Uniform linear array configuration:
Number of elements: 8
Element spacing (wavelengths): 1
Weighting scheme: kaiser
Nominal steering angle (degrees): -45
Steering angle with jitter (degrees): -46.508
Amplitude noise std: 0.05
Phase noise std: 0.05

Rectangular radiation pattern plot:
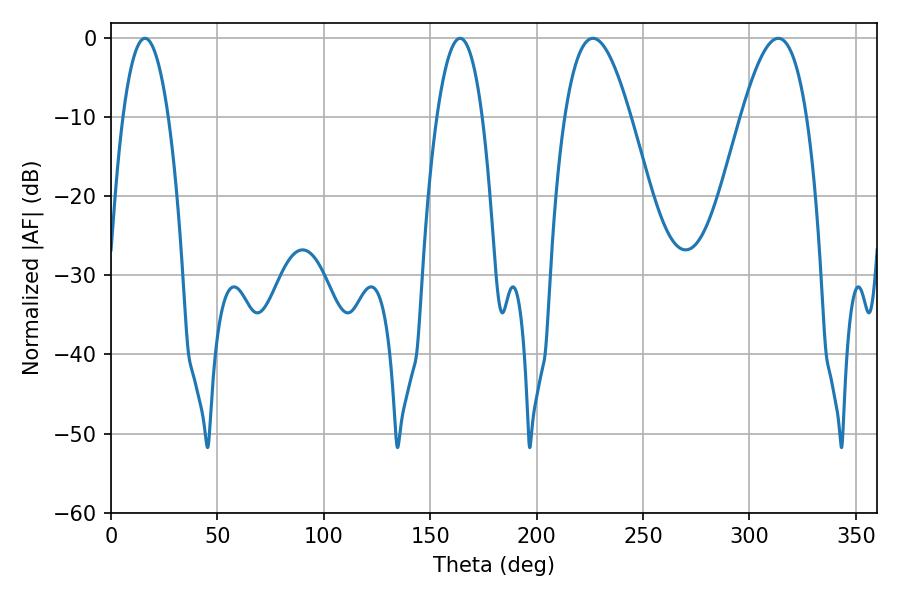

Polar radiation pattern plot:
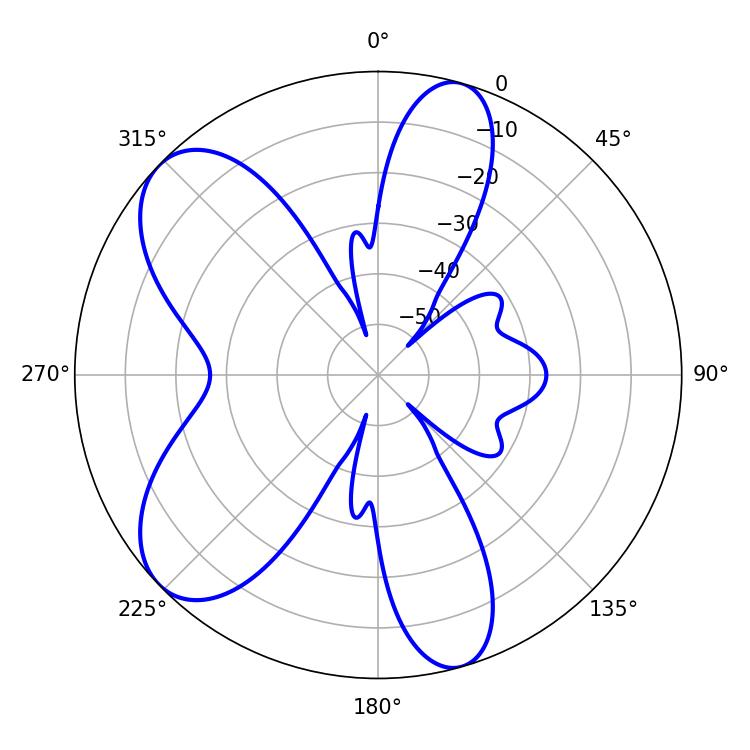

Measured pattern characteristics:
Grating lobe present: TRUE
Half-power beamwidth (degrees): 16.92
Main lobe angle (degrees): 226.44